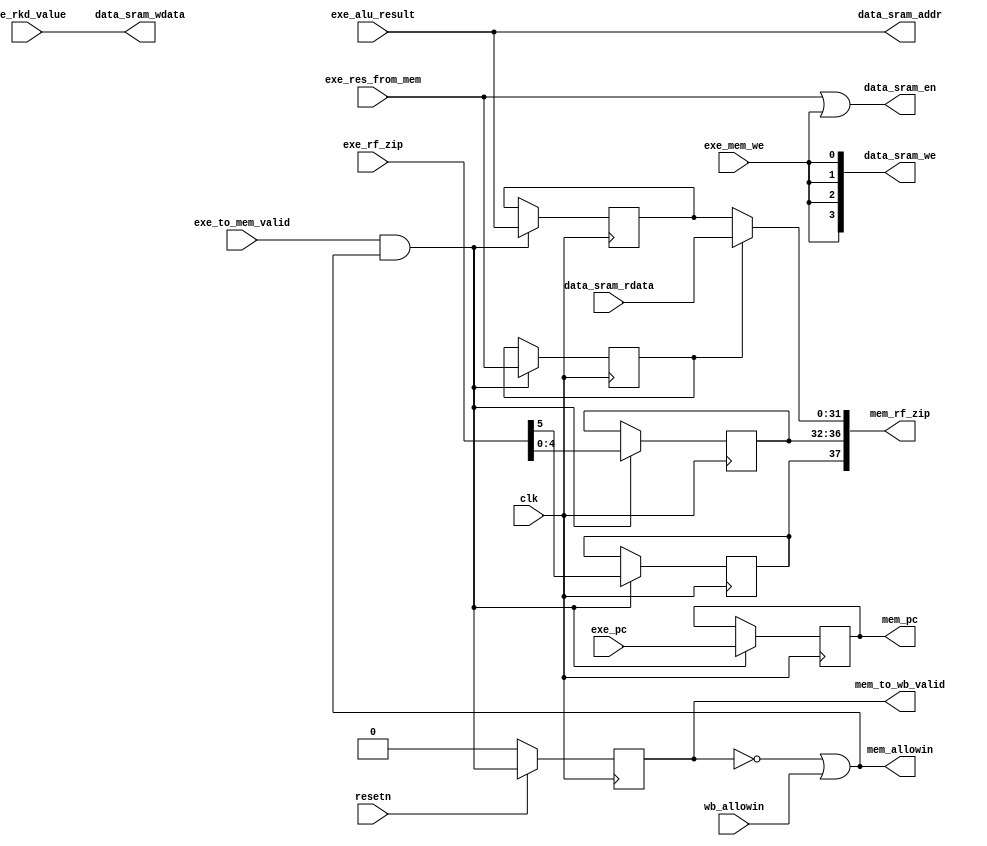
module MEMreg(
    input  wire        clk,
    input  wire        resetn,
    // exe and mem state interface
    output wire        mem_allowin,
    input  wire [5 :0] exe_rf_zip, // {exe_rf_we, exe_rf_waddr}
    input  wire        exe_to_mem_valid,
    input  wire [31:0] exe_pc,    
    input  wire [31:0] exe_alu_result, 
    input  wire        exe_res_from_mem, 
    input  wire        exe_mem_we,
    input  wire [31:0] exe_rkd_value,
    // mem and wb state interface
    input  wire        wb_allowin,
    output wire [37:0] mem_rf_zip, // {mem_rf_we, mem_rf_waddr, mem_rf_wdata}
    output wire        mem_to_wb_valid,
    output reg  [31:0] mem_pc,    
    // data sram interface
    output wire        data_sram_en,
    output wire [ 3:0] data_sram_we,
    output wire [31:0] data_sram_addr,
    output wire [31:0] data_sram_wdata,
    input  wire [31:0] data_sram_rdata
);
    wire        mem_ready_go;
    wire [31:0] mem_result;
    reg         mem_valid;
    reg         mem_we;
    reg  [31:0] rkd_value;
    wire [31:0] mem_rf_wdata;
    reg         mem_rf_we;
    reg  [4 :0] mem_rf_waddr;
    reg  [31:0] alu_result;
    reg         ms_res_from_mem;

//------------------------------state control signal---------------------------------------

    assign mem_ready_go      = 1'b1;
    assign mem_allowin       = ~mem_valid | mem_ready_go & wb_allowin;     
    assign mem_to_wb_valid  = mem_valid & mem_ready_go;
    assign mem_rf_wdata     = ms_res_from_mem ? mem_result : alu_result;
    assign mem_rf_zip       = {mem_rf_we, mem_rf_waddr, mem_rf_wdata};
    always @(posedge clk) begin
        if(~resetn)
            mem_valid <= 1'b0;
        else
            mem_valid <= exe_to_mem_valid & mem_allowin; 
    end

//------------------------------exe and mem state interface---------------------------------------
    always @(posedge clk) begin
        if(exe_to_mem_valid & mem_allowin)
            mem_pc <= exe_pc;
    end
    always @(posedge clk) begin
        if(exe_to_mem_valid & mem_allowin)
            alu_result <= exe_alu_result;
    end
    always @(posedge clk) begin
        if(exe_to_mem_valid & mem_allowin)
            {mem_rf_we, mem_rf_waddr} <= exe_rf_zip;
    end
    always @(posedge clk) begin
        if(exe_to_mem_valid & mem_allowin)
            {ms_res_from_mem, mem_we, rkd_value} <= {exe_res_from_mem, exe_mem_we, exe_rkd_value};
    end
//------------------------------mem and wb state interface---------------------------------------
    assign mem_result   = data_sram_rdata;

//------------------------------data sram interface---------------------------------------

    assign data_sram_en    = exe_res_from_mem || exe_mem_we;
    assign data_sram_we    = {4{exe_mem_we}};
    assign data_sram_addr  = exe_alu_result;
    assign data_sram_wdata = exe_rkd_value;

endmodule